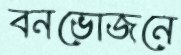
বনভোজনে